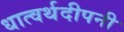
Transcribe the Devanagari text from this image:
धात्वर्थदीपनी